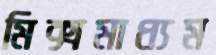
মিক্সমাধ্যম